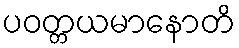
ပဝတ္တယမာနောတိ